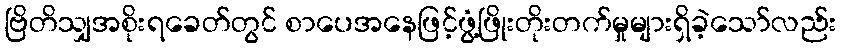
ဗြိတိသျှအစိုးရခေတ်တွင် စာပေအနေဖြင့်ဖွံ့ဖြိုးတိုးတက်မှုများရှိခဲ့သော်လည်း